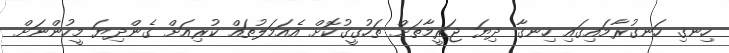
ހިނގި ހަނގުރާމައިގައި ހިނގާ ދިޔަ ޖަރީމާތަށް ތަހުގީގުކޮށް އެއަމަލުތައް ކުރިއަށް ގެންދިޔަ މީހުންނަށް